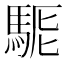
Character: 𩣄